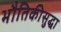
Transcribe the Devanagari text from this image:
भौतिकीसुद्धा